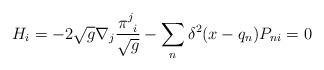
LaTeX: \begin{align*}H_i=-2\sqrt{g}\nabla_{j}\frac{\pi^j_{~i}}{\sqrt{g}}-\sum_n\delta^2 (x-q_n)P_{ni} =0\end{align*}